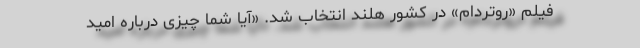
فیلم «روتردام» در کشور هلند انتخاب شد. «آیا شما چیزی درباره امید